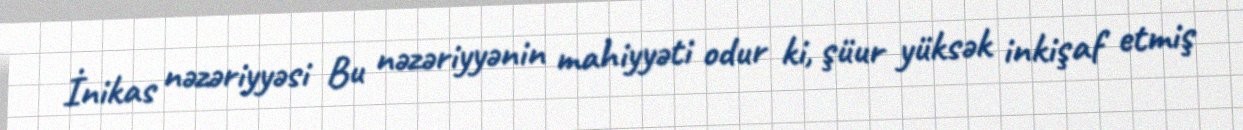
İnikas nəzəriyyəsi Bu nəzəriyyənin mahiyyəti odur ki, şüur yüksək inkişaf etmiş